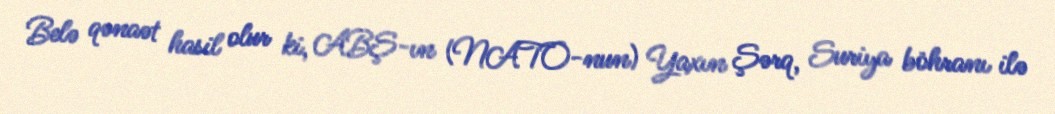
Belə qənaət hasil olur ki, ABŞ-ın (NATO-nun) Yaxın Şərq, Suriya böhranı ilə